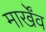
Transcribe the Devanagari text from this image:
मार्खेंव